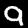
Digit: 9